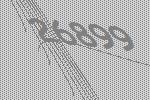
26899